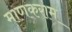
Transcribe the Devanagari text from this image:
माणकराम